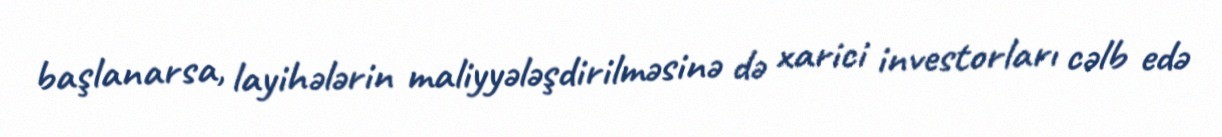
başlanarsa, layihələrin maliyyələşdirilməsinə də xarici investorları cəlb edə